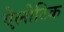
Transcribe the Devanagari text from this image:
ऐलोटिक